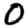
Digit: 0